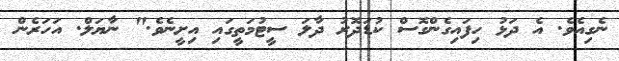
ނެގިއެވެ. އެ ދަޅު ހިފައިގެންގޮސް ކުޑަދޮރު ދާލަ ސީޓުމަތީގައި އިށީނެވެ." ނާޔަލް. އަހަރެން